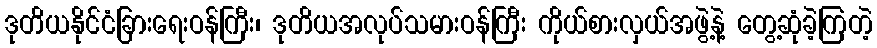
ဒုတိယနိုင်ငံခြားရေးဝန်ကြီး၊ ဒုတိယအလုပ်သမားဝန်ကြီး ကိုယ်စားလှယ်အဖွဲ့နဲ့ တွေ့ဆုံခဲ့ကြတဲ့